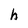
Character: h